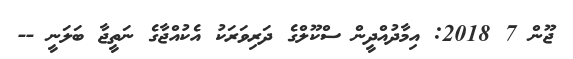
ޖޫން 7 2018: އިމާދުއްދީން ސްކޫލްގެ ދަރިވަރަކު އެކުއްޖާގެ ނަތީޖާ ބަލަނީ --